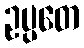
ဥပ္ပတေ